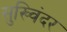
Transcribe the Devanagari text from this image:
सुख्विंदर